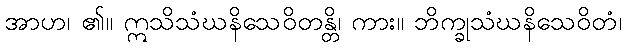
အာဟ၊ ၏။ ဣသိသံဃနိသေဝိတန္တိ၊ ကား။ ဘိက္ခုသံဃနိသေဝိတံ၊